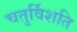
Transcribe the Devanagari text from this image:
चतुर्विशति